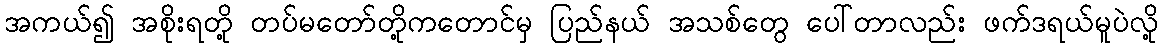
အကယ်၍ အစိုးရတို့ တပ်မတော်တို့ကတောင်မှ ပြည်နယ် အသစ်တွေ ပေါ်တာလည်း ဖက်ဒရယ်မူပဲလို့